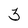
Character: 3